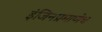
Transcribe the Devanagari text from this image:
इंजिनप्रमाणेच